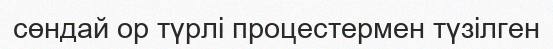
сөндай ор түрлі процестермен түзілген